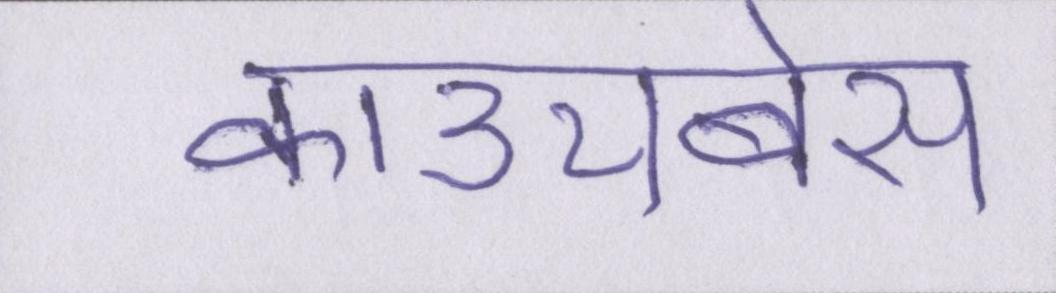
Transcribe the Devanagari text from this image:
काउचबेस